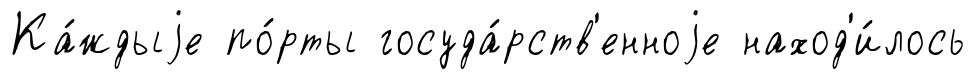
Ка́ждыjе по́рты госуда́рств'енноjе наход'и́лось